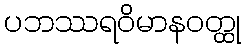
ပဘဿရဝိမာနဝတ္ထု